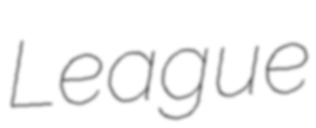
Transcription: League